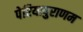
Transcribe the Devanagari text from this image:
पेरियापुराणम